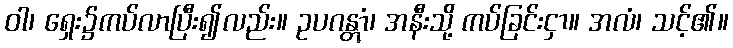
ဝါ၊ ရှေး၌ကပ်လာပြီး၍လည်း။ ဥပဂန္တွာံ၊ အနီးသို့ ကပ်ခြင်းငှာ။ အလံ၊ သင့်၏။